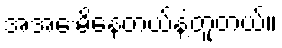
အအေးမိနေတယ်နဲ့တူတယ်။